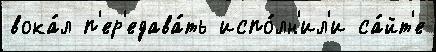
вока́л п'ер'едава́ть испо́лн'ил'и са́йт'е